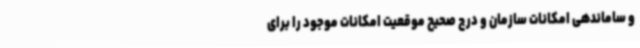
و ساماندهی امکانات سازمان و درج صحیح موقعیت امکانات موجود را برای